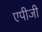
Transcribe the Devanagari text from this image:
एपीजी